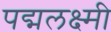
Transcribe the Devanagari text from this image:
पद्मलक्ष्मी